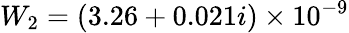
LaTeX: W_{2}=(3.26+0.021i)\times 10^{-9}